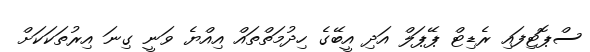
ސްޕޮޓިފައި ރެޑިޓް ޕޭޕަލް އަދި އީބޭގެ ހިދުމަތްތައް އިއްޔެ ވަނީ ގިނަ އިރުތަކަކަށް